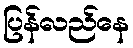
ပြန်လည်နေ